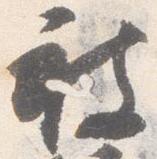
被